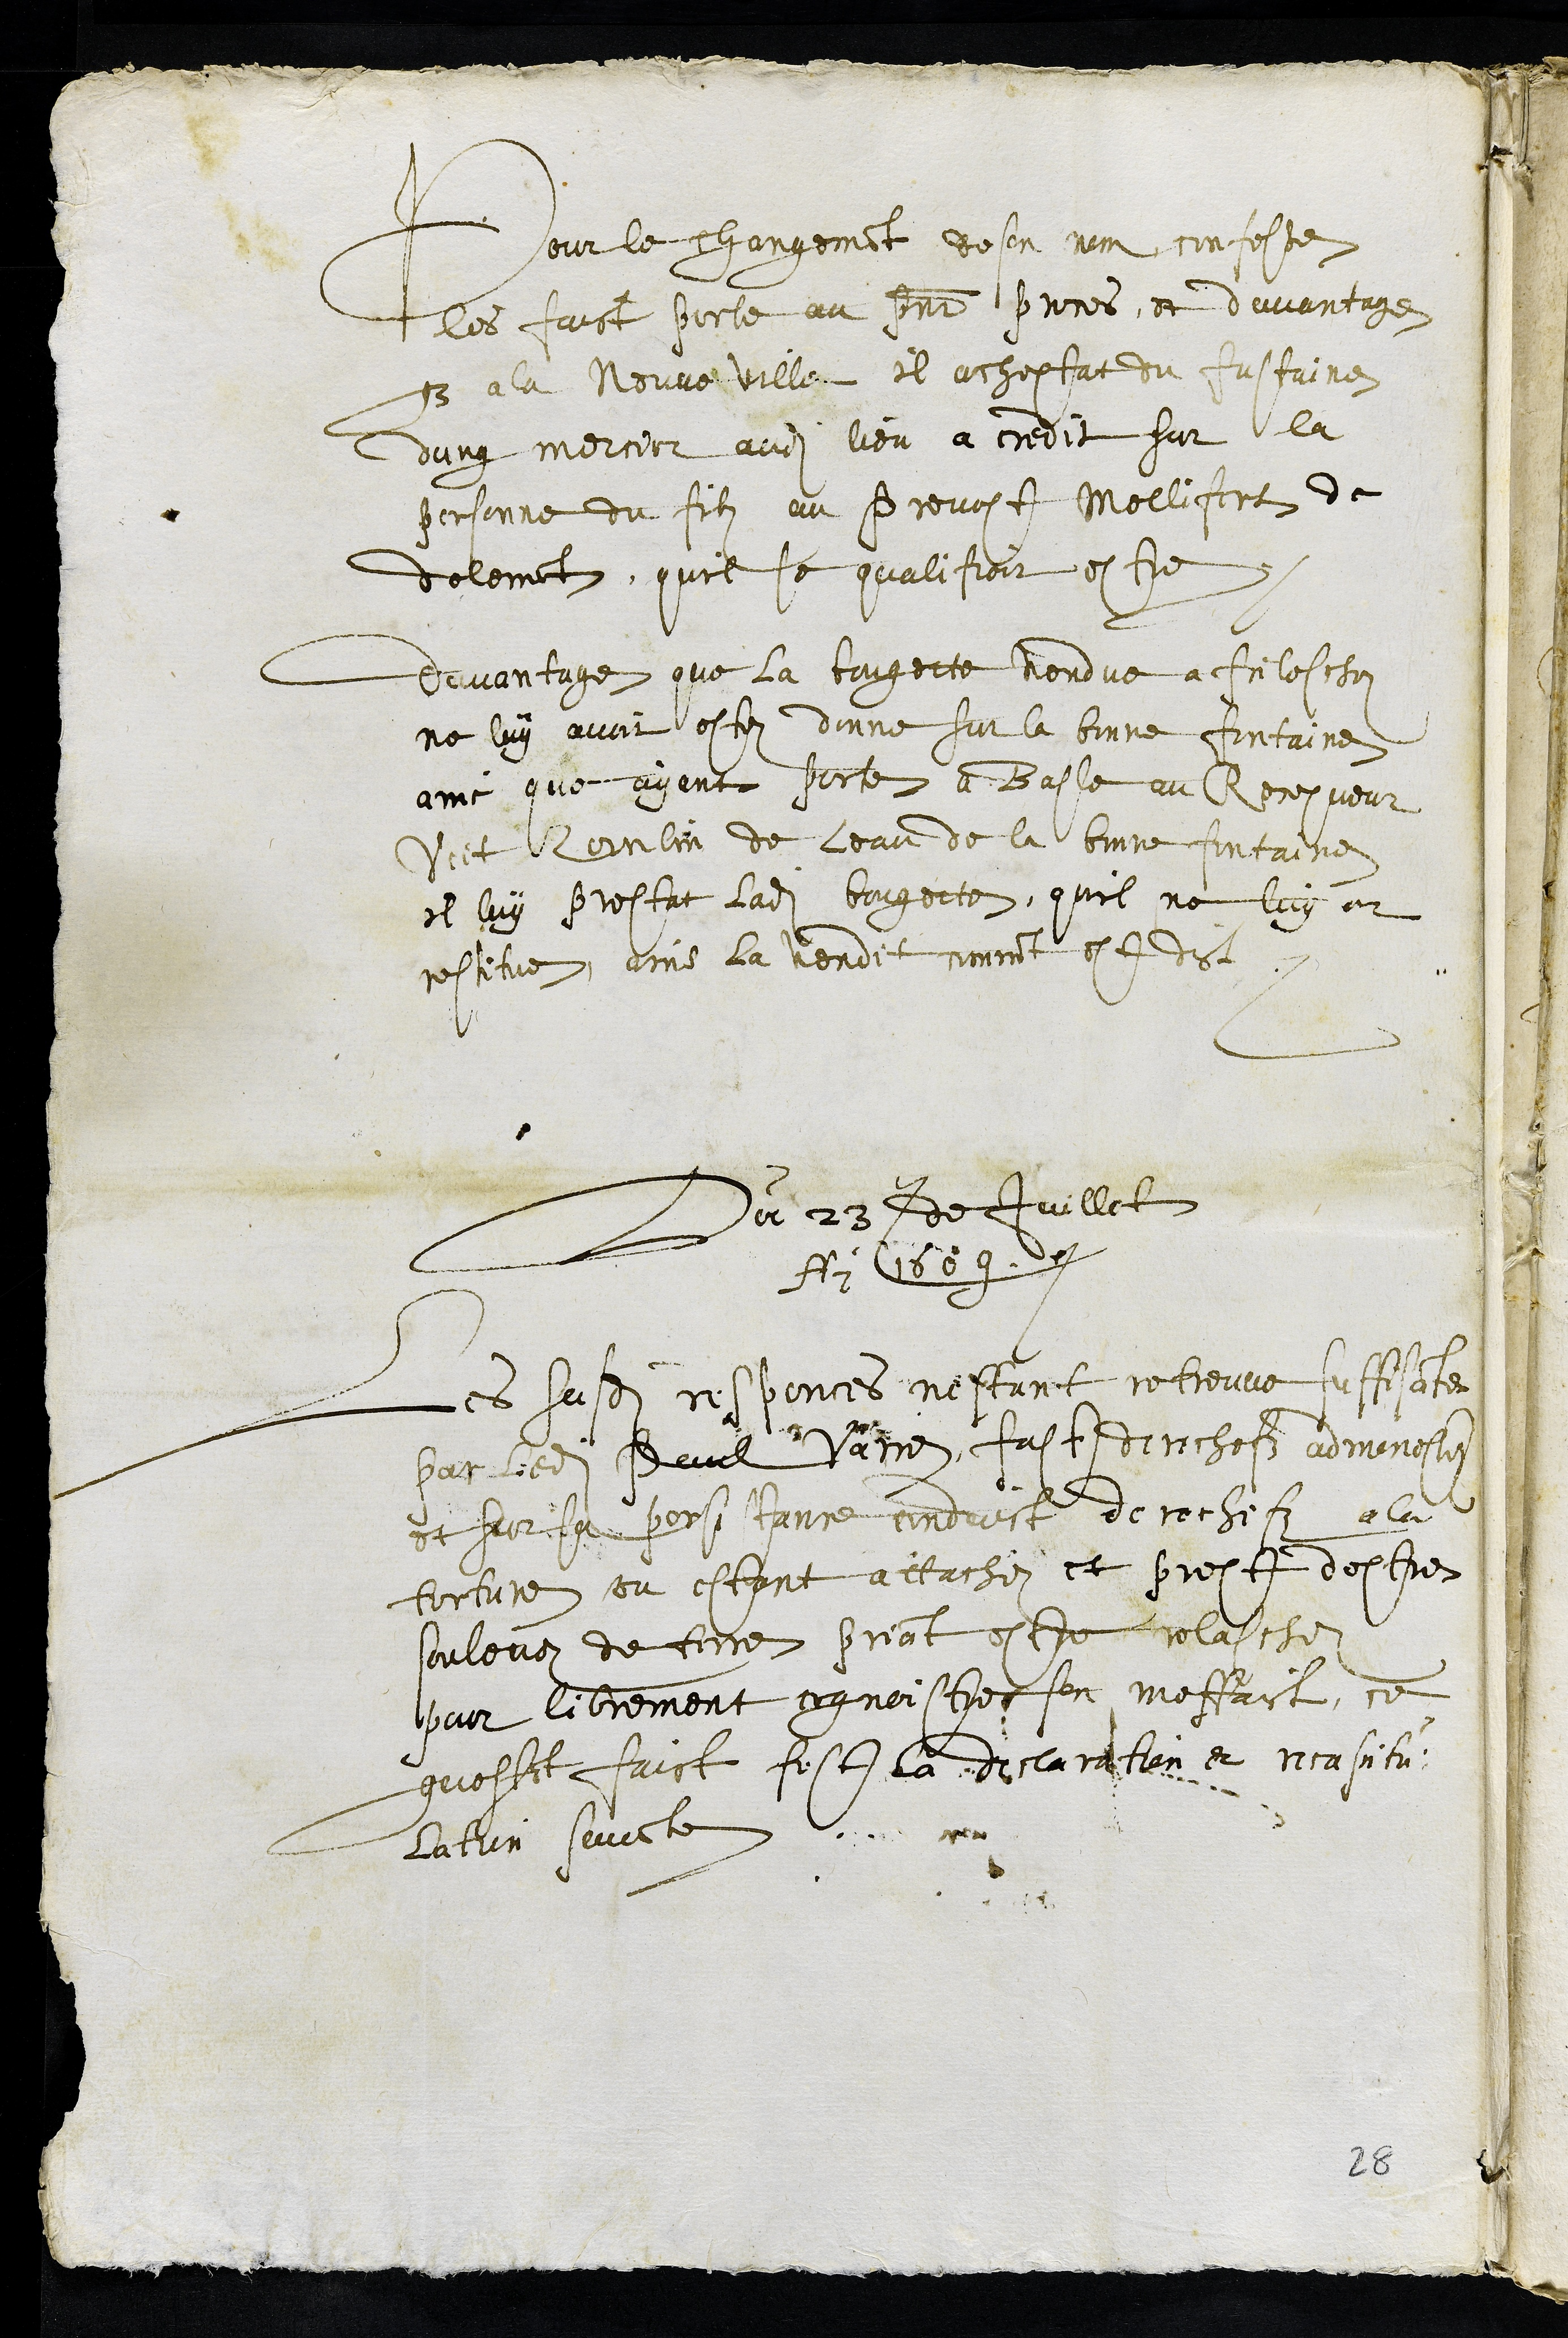
Pour le changement de son nom confesse
les faict porte au present proces, et davantage
que a la Neuveville il acheptat du fustaine
dung mercier audit lieu a credit sur la
personne du filz au Prevost Mellifert de
delemont, qui se qualifioit estre
davantage que la bongette vendue a Frileschoz
ne luy avoit estez donne sur la bonne Fontaine
ains que ayant porte a Basle au Recepveur
Veit Zornlin de leau de la bonne fontaine
il luy prestat ladite bougette, quil ne luy at
restitue, ains la vendit comment est dict
Du 23e de Juillet
Ai 1609
Les susdites responces, nestant retreuve suffisante,
par ledit Paul Varrez fust derechefz admoneste
et sur sa persistance conduict derechefz a la
torture ou estant attachez et prest destre
soulevez de terre priant estre relaschez
pour librement cognoistre son meffaict, ce
questant faict fust la declaration et recapitu
lation samcte
28